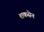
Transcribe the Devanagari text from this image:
शकसेन